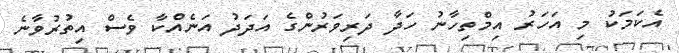
އެކަމަކު މި އަހަރު އިމްތިހާނު ހަދާ ދަރިވަރުންގެ އަދަދު އަނެއްކާ ވެސް އިތުރުވާނެ